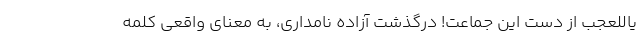
یاللعجب از دست این جماعت! درگذشت آزاده نامداری، به معنای واقعی کلمه